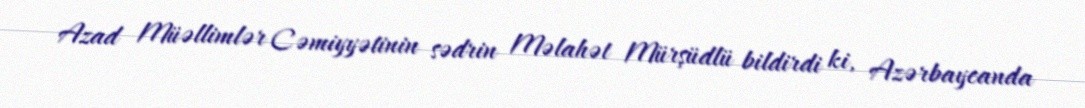
Azad Müəllimlər Cəmiyyətinin sədrin Məlahət Mürşüdlü bildirdi ki, Azərbaycanda